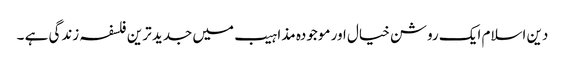
دین اسلام ایک روشن خیال اور موجودہ مذاہیب میں جدید ترین فلسفہ زندگی ہے ۔